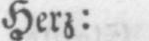
Herz: